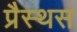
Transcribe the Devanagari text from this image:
प्रैस्थस